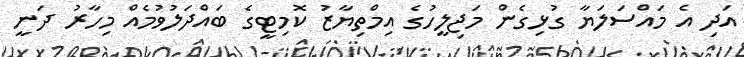
އަދި އެ މައްސަލަޔާ ގުޅިގެން މަޖިލީހުގެ އިމްތިޔާޒު ކޮމިޓީގެ ބައްދަލުވުމެއް މިހާރު ދަނީ